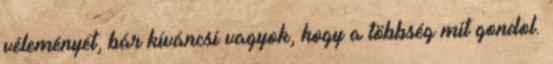
véleményét, bár kíváncsi vagyok, hogy a többség mit gondol.